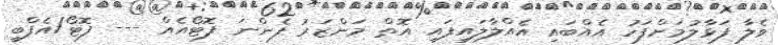
ވެލާ ފަޅާލުމަށްފަހު އެއްބައި އެއްލާލައިފައި އޮތް މަންޒަރު ފެންނަ ފޮޓޯއެއް --- ފޮޓޯ/އެފްބީ